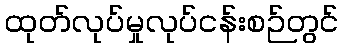
ထုတ်လုပ်မှုလုပ်ငန်းစဉ်တွင်